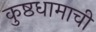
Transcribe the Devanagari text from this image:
कुष्ठधामाची